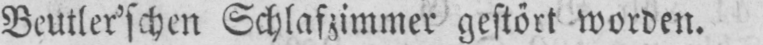
Beutler’schen Schlafzimmer gestört worden.